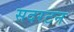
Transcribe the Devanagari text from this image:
सदरटन